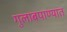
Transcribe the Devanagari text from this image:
गुलाबपाण्यात